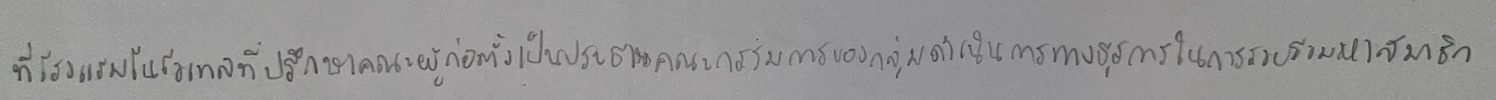
ที่โรงแรมโนโวเทลที่ปรึกษาคณะผู้ก่อตั้งเป็นประธานคณะกรรมการของกลุ่มดำเนินการทางธุรการในการรวบรวมหาสมาชิก